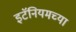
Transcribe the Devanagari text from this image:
इटॅनियमच्या